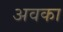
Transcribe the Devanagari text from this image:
अवका